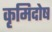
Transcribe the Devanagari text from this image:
कृमिदोष